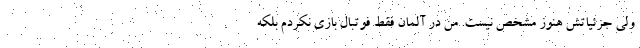
ولی جزئیاتش هنوز مشخص نیست. من در آلمان فقط فوتبال بازی نکردم بلکه